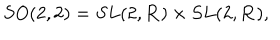
S O ( 2 , 2 ) = S L ( 2 , { \bf R } ) \times S L ( 2 , { \bf R } ) ,